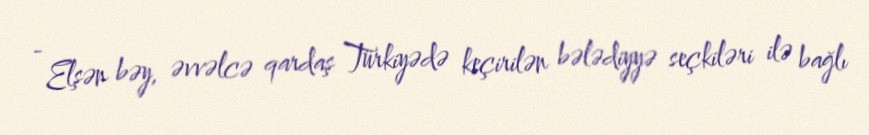
- Elşən bəy, əvvəlcə qardaş Türkiyədə keçirilən bələdiyyə seçkiləri ilə bağlı